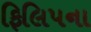
ફિલિપના